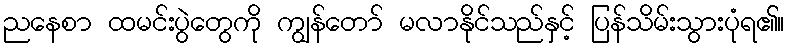
ညနေစာ ထမင်းပွဲတွေကို ကျွန်တော် မလာနိုင်သည်နှင့် ပြန်သိမ်းသွားပုံရ၏။